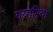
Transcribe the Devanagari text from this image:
क्यारिया